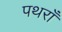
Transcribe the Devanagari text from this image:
पथराँ